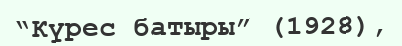
“Күрес батыры” (1928),